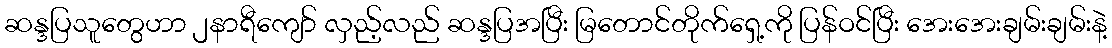
ဆန္ဒပြသူတွေဟာ ၂နာရီကျော် လှည့်လည် ဆန္ဒပြအပြီး မြတောင်တိုက်ရှေ့ကို ပြန်ဝင်ပြီး အေးအေးချမ်းချမ်းနဲ့